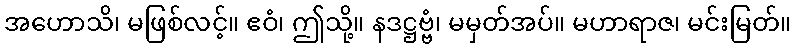
အဟောသိ၊ မဖြစ်လင့်။ ဧဝံ၊ ဤသို့။ နဒဋ္ဌဗ္ဗံ၊ မမှတ်အပ်။ မဟာရာဇ၊ မင်းမြတ်။